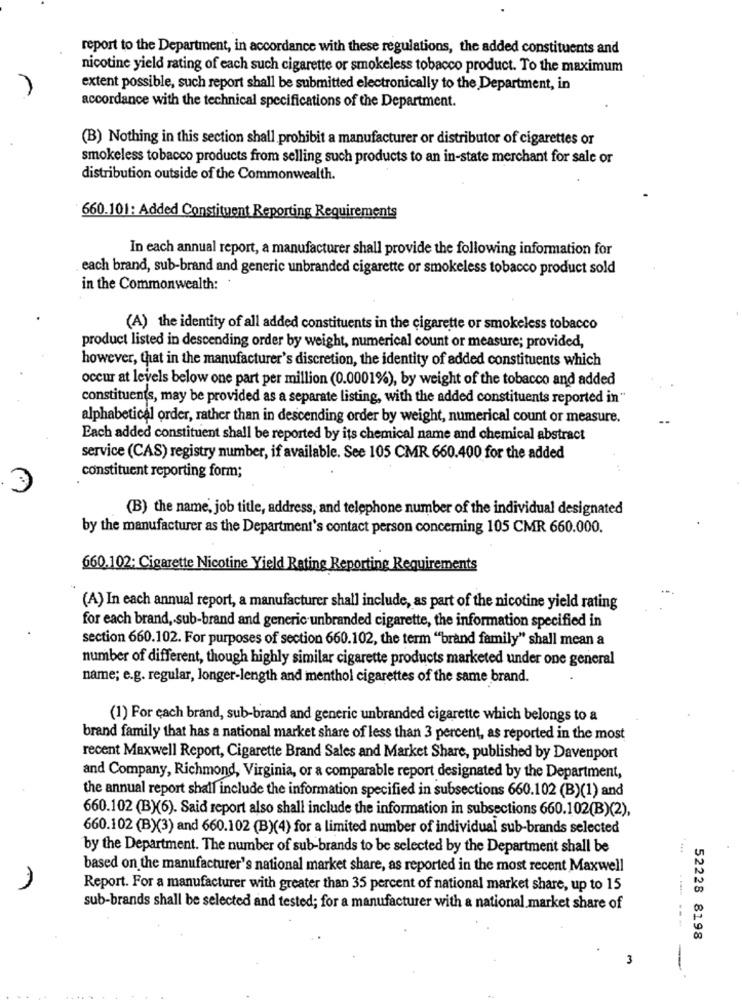
report to the Department, in accordance with these regulations, the added constituents and
nicotine yield rating of each such cigarette or smokeless tobacco product. To the maximum
extent possible, such report shall be submitted electronically to the Department, in
accordance with the technical specifications of the Department.
(B) Nothing in this section shall prohibit a manufacturer or distributor of cigarettes or
smokeless tobacco products from selling such products to an in-state merchant for sale or
distribution outside of the Commonwealth.
660.101: Added Constituent Reporting Requirements
In each annual report, a manufacturer shall provide the following information for
each brand, sub-brand and generic unbranded cigarette or smokeless tobacco product sold
in the Commonwealth:
(A) the identity of all added constituents in the cigarette or smokeless tobacco
product listed in descending order by weight, numerical count or measure; provided,
however, that in the manufacturer's discretion, the identity of added constituents which
occur at levels below one part per million (0.0001%), by weight of the tobacco and added
constituents, may be provided as a separate listing, with the added constituents reported in"
alphabetical order, rather than in descending order by weight, numerical count or measure.
..
Each added constituent shall be reported by its chemical name and chemical abstract
service (CAS) registry number, if available. See 105 CMR 660.400 for the added
constituent reporting form;
3
(B) the name, job title, address, and telephone number of the individual designated
by the manufacturer as the Department's contact person concerning 105 CMR 660.000.
660.102; Cigarette Nicotine Yield Rating Reporting Requirements
(A) In each annual report, a manufacturer shall include, as part of the nicotine yield rating
for each brand, sub-brand and generic unbranded cigarette, the information specified in
section 660.102. For purposes of section 660.102, the term "brand family" shall mean a
number of different, though highly similar cigarette products marketed under one general
name; e.g. regular, longer-length and menthol cigarettes of the same brand.
(1) For each brand, sub-brand and generic unbranded cigarette which belongs to a
brand family that has a national market share of less than 3 percent, as reported in the most
recent Maxwell Report, Cigarette Brand Sales and Market Share, published by Davenport
and Company, Richmond, Virginia, or a comparable report designated by the Department,
the annual report shall include the information specified in subsections 660.102 (B)(1) and
660.102 (B)(6). Said report also shall include the information in subsections 660.102(B)(2),
660.102 (B)(3) and 660.102 (B)(4) for a limited number of individual sub-brands selected
by the Department. The number of sub-brands to be selected by the Department shall be
based on the manufacturer's national market share, as reported in the most recent Maxwell
n
Report. For a manufacturer with greater than 35 percent of national market share, up to 15
sub-brands shall be selected and tested; for a manufacturer with a national market share of
52228 8198
3
-